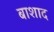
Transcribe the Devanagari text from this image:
बाशाद